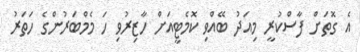
އެ ގޮތަށް ފާސްކުރީ މިއަދު ބޭއްވި ކޮމެޓީއަށް ހާޒިރުވި ހަ މެމްބަރުންގެ ހަތަރު